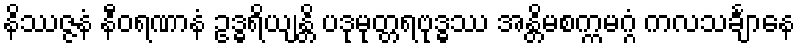
နိဿဇ္ဇနံ နီဝရဏာနံ ဥဒ္ဓရိယျန္တိ ပဒုမုတ္တရဗုဒ္ဓဿ အန္တိမစက္ကမဂ္ဂံ ကလသင်္ချာနေ